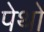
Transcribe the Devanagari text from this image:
पेथो